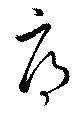
辱